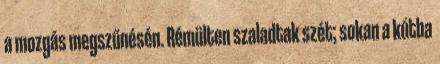
a mozgás megszűnésén. Rémülten szaladtak szét; sokan a kútba